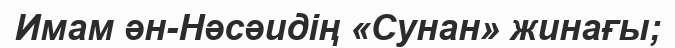
Имам ән-Нәсәидің «Сунан» жинағы;